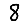
Digit: 8